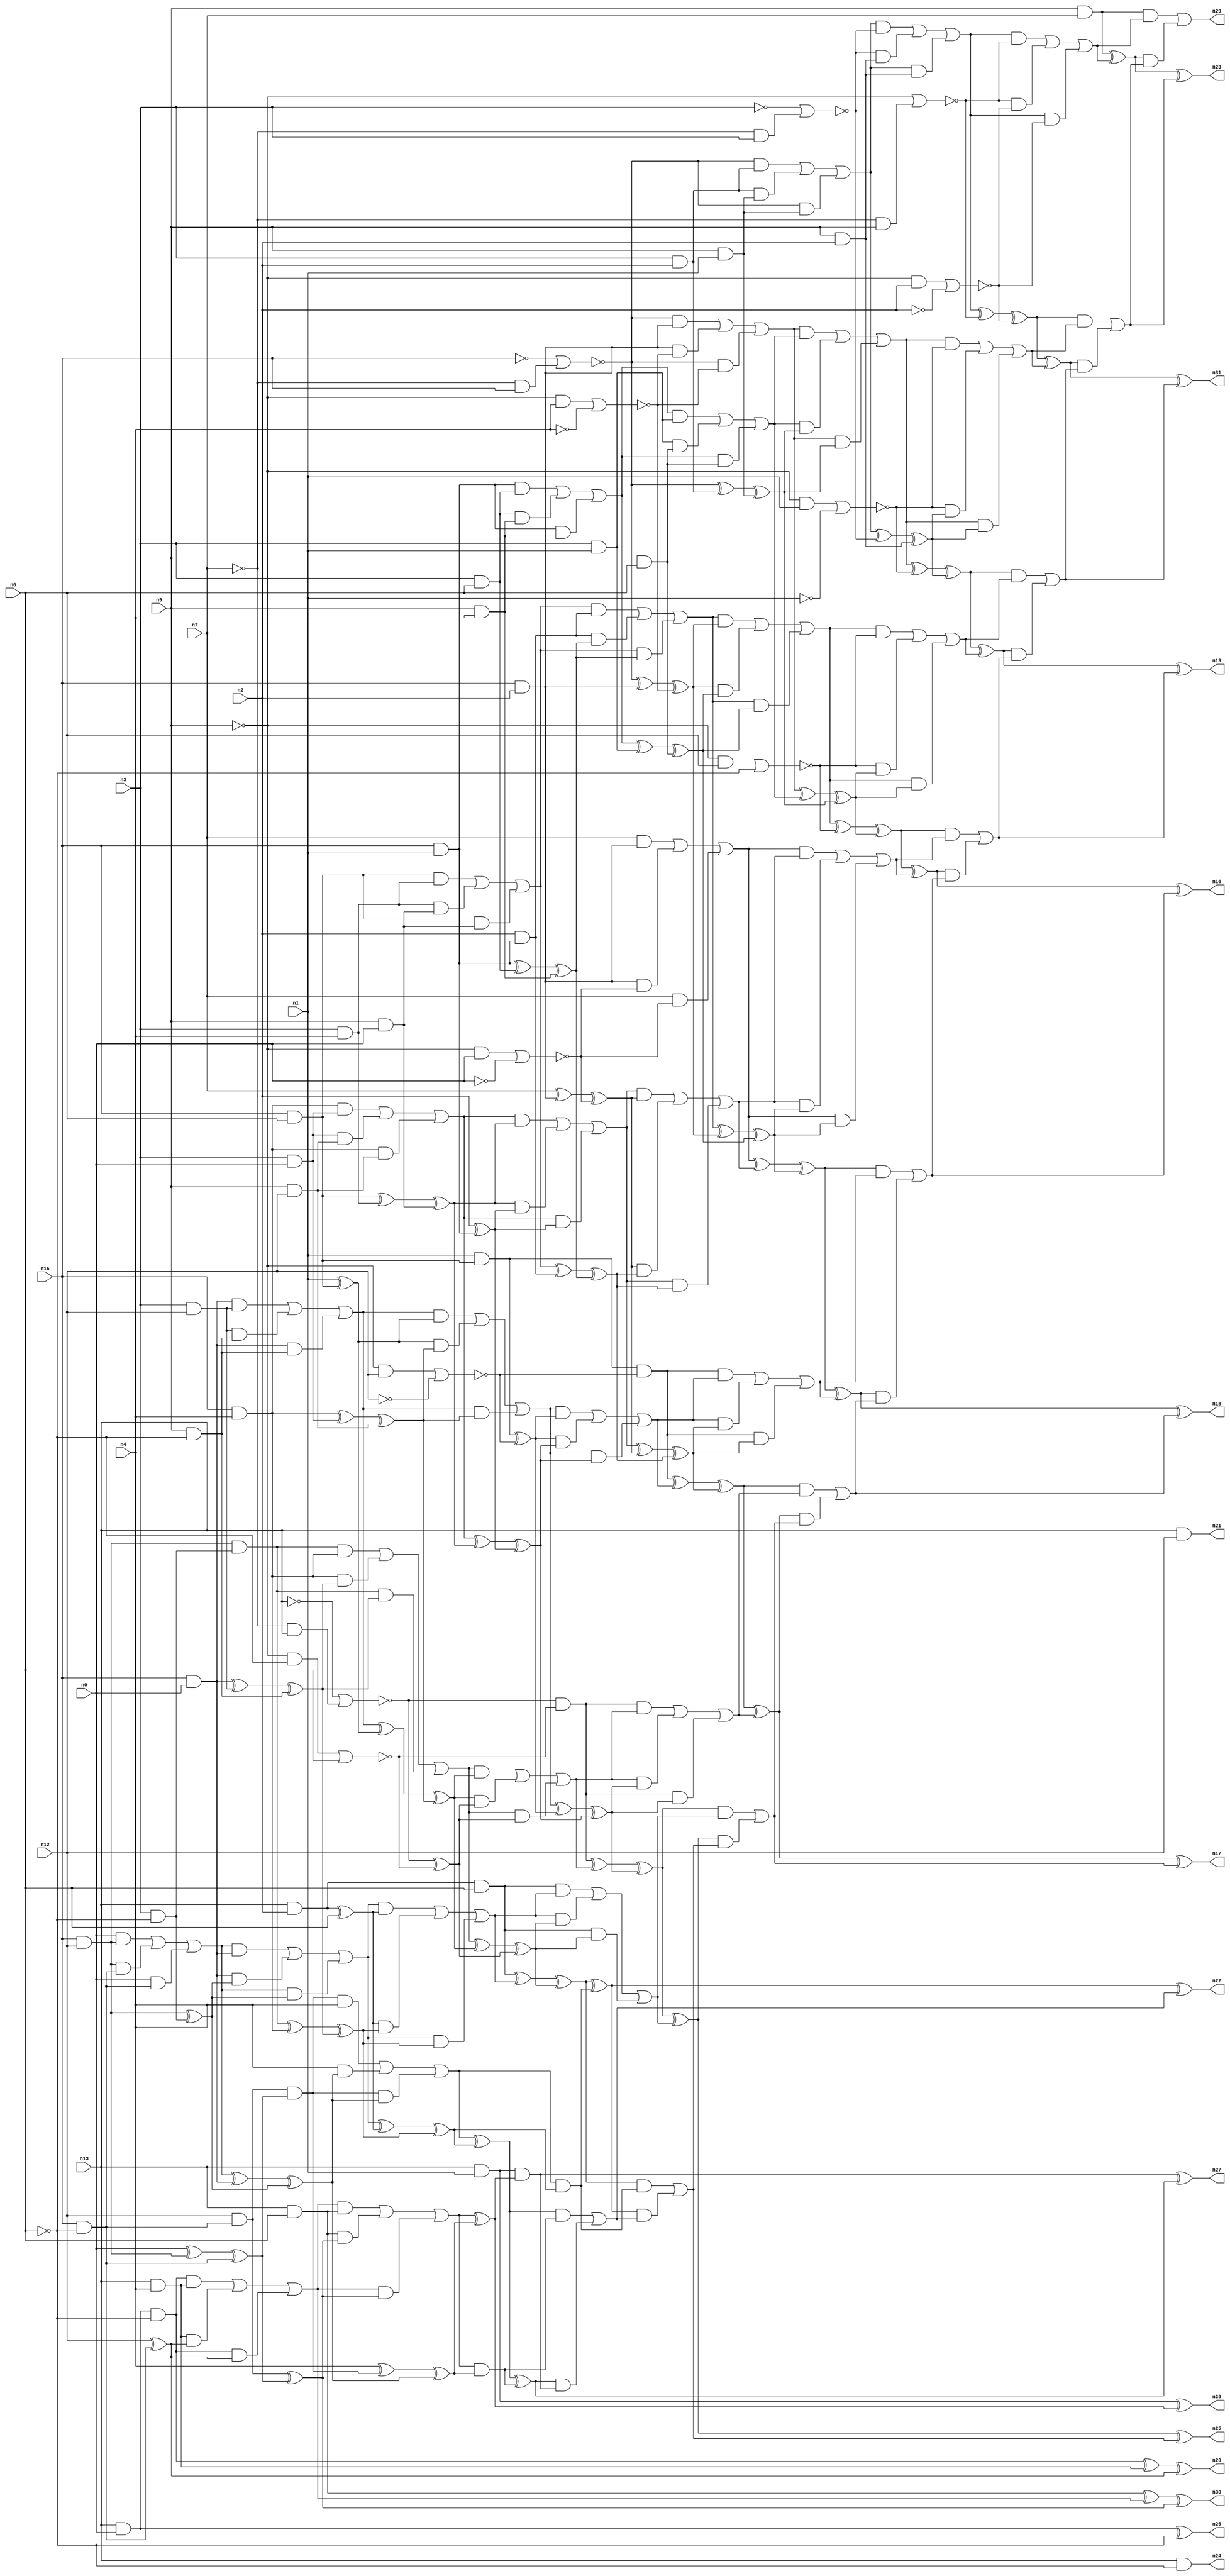
//
// Conformal-LEC Version 15.20-d227 ( 10-Mar-2016) ( 64 bit executable)
//
module top ( n0 , n1 , n2 , n3 , n4 , n6 , n7 , n9 , n12 , n13 ,  n15 , n16 , n17 , n18 , n19 , n20 , n21 , n22 , n23 , n24 , n25 , n26 , n27 , n28 , n29 , n30 , n31 );
input n0 , n1 , n2 , n3 , n4 , n6 , n7 , n9 , n12 , n13 ,  n15 ;
output n16 , n17 , n18 , n19 , n20 , n21 , n22 , n23 , n24 , n25 , n26 , n27 , n28 , n29 , n30 , n31 ;

wire n64 , n65 , n66 , n67 , n68 , n69 , n70 , n71 , n72 , 
     n73 , n74 , n75 , n76 , n77 , n78 , n79 , n80 , n81 , n82 , 
     n83 , n84 , n85 , n86 , n87 , n88 , n89 , n90 , n91 , n92 , 
     n93 , n94 , n95 , n96 , n97 , n98 , n99 , n100 , n101 , n102 , 
     n103 , n104 , n105 , n106 , n107 , n108 , n109 , n110 , n111 , n112 , 
     n113 , n114 , n115 , n116 , n117 , n118 , n119 , n120 , n121 , n122 , 
     n123 , n124 , n125 , n126 , n127 , n128 , n129 , n130 , n131 , n132 , 
     n133 , n134 , n135 , n136 , n137 , n138 , n139 , n140 , n141 , n142 , 
     n143 , n144 , n145 , n146 , n147 , n148 , n149 , n150 , n151 , n152 , 
     n153 , n154 , n155 , n156 , n157 , n158 , n159 , n160 , n161 , n162 , 
     n163 , n164 , n165 , n166 , n167 , n168 , n169 , n170 , n171 , n172 , 
     n173 , n174 , n175 , n176 , n177 , n178 , n179 , n180 , n181 , n182 , 
     n183 , n184 , n185 , n186 , n187 , n188 , n189 , n190 , n191 , n192 , 
     n193 , n194 , n195 , n196 , n197 , n198 , n199 , n200 , n201 , n202 , 
     n203 , n204 , n205 , n206 , n207 , n208 , n209 , n210 , n211 , n212 , 
     n213 , n214 , n215 , n216 , n217 , n218 , n219 , n220 , n221 , n222 , 
     n223 , n224 , n225 , n226 , n227 , n228 , n229 , n230 , n231 , n232 , 
     n233 , n234 , n235 , n236 , n237 , n238 , n239 , n240 , n241 , n242 , 
     n243 , n244 , n245 , n246 , n247 , n248 , n249 , n250 , n251 , n252 , 
     n253 , n254 , n255 , n256 , n257 , n258 , n259 , n260 , n261 , n262 , 
     n263 , n264 , n265 , n266 , n267 , n268 , n269 , n270 , n271 , n272 , 
     n273 , n274 , n275 , n276 , n277 , n278 , n279 , n280 , n281 , n282 , 
     n283 , n284 , n285 , n286 , n287 , n288 , n289 , n290 , n291 , n292 , 
     n293 , n294 , n295 , n296 , n297 , n298 , n299 , n300 , n301 , n302 , 
     n303 , n304 , n305 , n306 , n307 , n308 , n309 , n310 , n311 , n312 , 
     n313 , n314 , n315 , n316 , n317 , n318 , n319 , n320 , n321 , n322 , 
     n323 , n324 , n325 , n326 , n327 , n328 , n329 , n330 , n331 , n332 , 
     n333 , n334 , n335 , n336 , n337 , n338 , n339 , n340 , n341 , n342 , 
     n343 , n344 , n345 , n346 , n347 , n348 , n349 , n350 , n351 , n352 , 
     n353 , n354 , n355 , n356 , n357 , n358 , n359 , n360 , n361 , n362 , 
     n363 , n364 , n365 , n366 , n367 , n368 , n369 , n370 , n371 , n372 , 
     n373 , n374 , n375 , n376 , n377 , n378 , n379 , n380 , n381 , n382 , 
     n383 , n384 , n385 , n386 , n387 , n388 , n389 , n390 , n391 , n392 , 
     n393 , n394 , n395 , n396 , n397 , n398 , n399 , n400 , n401 , n402 , 
     n403 , n404 , n405 , n406 , n407 , n408 , n409 , n410 , n411 , n412 , 
     n413 , n414 , n415 , n416 , n417 , n418 , n419 , n420 , n421 , n422 , 
     n423 , n424 , n425 , n426 , n427 , n428 , n429 , n430 , n431 , n432 , 
     n433 , n434 , n435 , n436 , n437 , n438 , n439 , n440 , n441 , n442 , 
     n443 , n444 , n445 , n446 , n447 , n448 , n449 , n450 , n451 , n452 , 
     n453 , n454 , n455 , n456 , n457 , n458 , n459 , n460 , n461 , n462 , 
     n463 , n464 , n465 , n466 , n467 , n468 , n469 , n470 , n471 , n472 , 
     n473 , n474 , n475 , n476 ;
buf ( n29 , n428 );
buf ( n23 , n431 );
buf ( n31 , n434 );
buf ( n19 , n437 );
buf ( n16 , n440 );
buf ( n18 , n443 );
buf ( n17 , n446 );
buf ( n25 , n449 );
buf ( n22 , n452 );
buf ( n27 , n455 );
buf ( n28 , n458 );
buf ( n30 , n462 );
buf ( n20 , n466 );
buf ( n26 , n470 );
buf ( n21 , n473 );
buf ( n24 , n476 );
buf ( n66 , n13 );
buf ( n67 , n9 );
buf ( n68 , n3 );
buf ( n69 , n15 );
buf ( n70 , n7 );
buf ( n71 , n2 );
buf ( n72 , n1 );
buf ( n73 , n6 );
buf ( n74 , n4 );
buf ( n75 , n0 );
buf ( n76 , n12 );
buf ( n77 , n67 );
buf ( n78 , n70 );
and ( n79 , n77 , n78 );
buf ( n80 , n69 );
not ( n81 , n80 );
not ( n82 , n78 );
and ( n83 , n82 , n80 );
nor ( n84 , n81 , n83 );
buf ( n85 , n68 );
buf ( n86 , n71 );
and ( n87 , n85 , n86 );
and ( n88 , n84 , n87 );
buf ( n89 , n67 );
buf ( n90 , n72 );
and ( n91 , n89 , n90 );
and ( n92 , n87 , n91 );
and ( n93 , n84 , n91 );
or ( n94 , n88 , n92 , n93 );
not ( n95 , n85 );
and ( n96 , n82 , n85 );
nor ( n97 , n95 , n96 );
and ( n98 , n94 , n97 );
and ( n99 , n89 , n86 );
and ( n100 , n97 , n99 );
and ( n101 , n94 , n99 );
or ( n102 , n98 , n100 , n101 );
not ( n103 , n89 );
and ( n104 , n82 , n89 );
nor ( n105 , n103 , n104 );
and ( n106 , n102 , n105 );
not ( n107 , n77 );
and ( n108 , n107 , n86 );
not ( n109 , n86 );
nor ( n110 , n108 , n109 );
and ( n111 , n105 , n110 );
and ( n112 , n102 , n110 );
or ( n113 , n106 , n111 , n112 );
and ( n114 , n79 , n113 );
xor ( n115 , n79 , n113 );
xor ( n116 , n102 , n105 );
xor ( n117 , n116 , n110 );
buf ( n118 , n69 );
not ( n119 , n118 );
and ( n120 , n82 , n118 );
nor ( n121 , n119 , n120 );
and ( n122 , n80 , n86 );
and ( n123 , n121 , n122 );
buf ( n124 , n74 );
and ( n125 , n107 , n124 );
not ( n126 , n124 );
nor ( n127 , n125 , n126 );
and ( n128 , n122 , n127 );
and ( n129 , n121 , n127 );
or ( n130 , n123 , n128 , n129 );
and ( n131 , n80 , n90 );
buf ( n132 , n73 );
and ( n133 , n85 , n132 );
and ( n134 , n131 , n133 );
and ( n135 , n89 , n124 );
and ( n136 , n133 , n135 );
and ( n137 , n131 , n135 );
or ( n138 , n134 , n136 , n137 );
and ( n139 , n85 , n90 );
and ( n140 , n138 , n139 );
and ( n141 , n89 , n132 );
and ( n142 , n139 , n141 );
and ( n143 , n138 , n141 );
or ( n144 , n140 , n142 , n143 );
and ( n145 , n130 , n144 );
xor ( n146 , n84 , n87 );
xor ( n147 , n146 , n91 );
and ( n148 , n144 , n147 );
and ( n149 , n130 , n147 );
or ( n150 , n145 , n148 , n149 );
and ( n151 , n107 , n90 );
not ( n152 , n90 );
nor ( n153 , n151 , n152 );
and ( n154 , n150 , n153 );
xor ( n155 , n94 , n97 );
xor ( n156 , n155 , n99 );
and ( n157 , n153 , n156 );
and ( n158 , n150 , n156 );
or ( n159 , n154 , n157 , n158 );
and ( n160 , n117 , n159 );
xor ( n161 , n117 , n159 );
xor ( n162 , n150 , n153 );
xor ( n163 , n162 , n156 );
and ( n164 , n80 , n132 );
and ( n165 , n85 , n124 );
and ( n166 , n164 , n165 );
buf ( n167 , n75 );
and ( n168 , n89 , n167 );
and ( n169 , n165 , n168 );
and ( n170 , n164 , n168 );
or ( n171 , n166 , n169 , n170 );
buf ( n172 , n86 );
and ( n173 , n118 , n90 );
and ( n174 , n172 , n173 );
and ( n175 , n171 , n174 );
xor ( n176 , n131 , n133 );
xor ( n177 , n176 , n135 );
and ( n178 , n174 , n177 );
and ( n179 , n171 , n177 );
or ( n180 , n175 , n178 , n179 );
xor ( n181 , n121 , n122 );
xor ( n182 , n181 , n127 );
and ( n183 , n180 , n182 );
xor ( n184 , n138 , n139 );
xor ( n185 , n184 , n141 );
and ( n186 , n182 , n185 );
and ( n187 , n180 , n185 );
or ( n188 , n183 , n186 , n187 );
and ( n189 , n107 , n132 );
not ( n190 , n132 );
nor ( n191 , n189 , n190 );
and ( n192 , n188 , n191 );
xor ( n193 , n130 , n144 );
xor ( n194 , n193 , n147 );
and ( n195 , n191 , n194 );
and ( n196 , n188 , n194 );
or ( n197 , n192 , n195 , n196 );
and ( n198 , n163 , n197 );
xor ( n199 , n163 , n197 );
xor ( n200 , n188 , n191 );
xor ( n201 , n200 , n194 );
buf ( n202 , n82 );
not ( n203 , n202 );
and ( n204 , n118 , n86 );
and ( n205 , n203 , n204 );
and ( n206 , n107 , n167 );
not ( n207 , n167 );
nor ( n208 , n206 , n207 );
and ( n209 , n204 , n208 );
and ( n210 , n203 , n208 );
or ( n211 , n205 , n209 , n210 );
and ( n212 , n80 , n124 );
and ( n213 , n85 , n167 );
and ( n214 , n212 , n213 );
buf ( n215 , n76 );
and ( n216 , n89 , n215 );
and ( n217 , n213 , n216 );
and ( n218 , n212 , n216 );
or ( n219 , n214 , n217 , n218 );
xor ( n220 , n164 , n165 );
xor ( n221 , n220 , n168 );
and ( n222 , n219 , n221 );
xor ( n223 , n172 , n173 );
and ( n224 , n221 , n223 );
and ( n225 , n219 , n223 );
or ( n226 , n222 , n224 , n225 );
xor ( n227 , n203 , n204 );
xor ( n228 , n227 , n208 );
and ( n229 , n226 , n228 );
xor ( n230 , n171 , n174 );
xor ( n231 , n230 , n177 );
and ( n232 , n228 , n231 );
and ( n233 , n226 , n231 );
or ( n234 , n229 , n232 , n233 );
and ( n235 , n211 , n234 );
xor ( n236 , n180 , n182 );
xor ( n237 , n236 , n185 );
and ( n238 , n234 , n237 );
and ( n239 , n211 , n237 );
or ( n240 , n235 , n238 , n239 );
and ( n241 , n201 , n240 );
xor ( n242 , n201 , n240 );
xor ( n243 , n211 , n234 );
xor ( n244 , n243 , n237 );
buf ( n245 , n90 );
and ( n246 , n118 , n132 );
and ( n247 , n245 , n246 );
buf ( n248 , n247 );
and ( n249 , n107 , n215 );
not ( n250 , n215 );
nor ( n251 , n249 , n250 );
and ( n252 , n248 , n251 );
buf ( n253 , n252 );
and ( n254 , n80 , n167 );
and ( n255 , n85 , n215 );
and ( n256 , n254 , n255 );
not ( n257 , n73 );
buf ( n258 , n257 );
and ( n259 , n89 , n258 );
and ( n260 , n255 , n259 );
and ( n261 , n254 , n259 );
or ( n262 , n256 , n260 , n261 );
buf ( n263 , n245 );
xor ( n264 , n263 , n246 );
and ( n265 , n262 , n264 );
xor ( n266 , n212 , n213 );
xor ( n267 , n266 , n216 );
and ( n268 , n264 , n267 );
and ( n269 , n262 , n267 );
or ( n270 , n265 , n268 , n269 );
buf ( n271 , n248 );
xor ( n272 , n271 , n251 );
and ( n273 , n270 , n272 );
xor ( n274 , n219 , n221 );
xor ( n275 , n274 , n223 );
and ( n276 , n272 , n275 );
and ( n277 , n270 , n275 );
or ( n278 , n273 , n276 , n277 );
and ( n279 , n253 , n278 );
xor ( n280 , n226 , n228 );
xor ( n281 , n280 , n231 );
and ( n282 , n278 , n281 );
and ( n283 , n253 , n281 );
or ( n284 , n279 , n282 , n283 );
and ( n285 , n244 , n284 );
xor ( n286 , n244 , n284 );
xor ( n287 , n253 , n278 );
xor ( n288 , n287 , n281 );
buf ( n289 , n66 );
not ( n290 , n289 );
and ( n291 , n82 , n289 );
nor ( n292 , n290 , n291 );
and ( n293 , n107 , n258 );
not ( n294 , n258 );
nor ( n295 , n293 , n294 );
and ( n296 , n292 , n295 );
and ( n297 , n80 , n215 );
and ( n298 , n85 , n258 );
and ( n299 , n297 , n298 );
and ( n300 , n118 , n124 );
and ( n301 , n299 , n300 );
xor ( n302 , n254 , n255 );
xor ( n303 , n302 , n259 );
and ( n304 , n300 , n303 );
and ( n305 , n299 , n303 );
or ( n306 , n301 , n304 , n305 );
xor ( n307 , n262 , n264 );
xor ( n308 , n307 , n267 );
and ( n309 , n306 , n308 );
xor ( n310 , n292 , n295 );
and ( n311 , n308 , n310 );
and ( n312 , n306 , n310 );
or ( n313 , n309 , n311 , n312 );
and ( n314 , n296 , n313 );
xor ( n315 , n270 , n272 );
xor ( n316 , n315 , n275 );
and ( n317 , n313 , n316 );
and ( n318 , n296 , n316 );
or ( n319 , n314 , n317 , n318 );
and ( n320 , n288 , n319 );
xor ( n321 , n288 , n319 );
xor ( n322 , n296 , n313 );
xor ( n323 , n322 , n316 );
and ( n324 , n289 , n86 );
buf ( n325 , n132 );
and ( n326 , n324 , n325 );
buf ( n327 , n326 );
buf ( n328 , n167 );
and ( n329 , n118 , n215 );
and ( n330 , n328 , n329 );
and ( n331 , n80 , n258 );
and ( n332 , n329 , n331 );
and ( n333 , n328 , n331 );
or ( n334 , n330 , n332 , n333 );
and ( n335 , n118 , n167 );
and ( n336 , n334 , n335 );
xor ( n337 , n297 , n298 );
and ( n338 , n335 , n337 );
and ( n339 , n334 , n337 );
or ( n340 , n336 , n338 , n339 );
buf ( n341 , n324 );
xor ( n342 , n341 , n325 );
and ( n343 , n340 , n342 );
xor ( n344 , n299 , n300 );
xor ( n345 , n344 , n303 );
and ( n346 , n342 , n345 );
and ( n347 , n340 , n345 );
or ( n348 , n343 , n346 , n347 );
and ( n349 , n327 , n348 );
xor ( n350 , n306 , n308 );
xor ( n351 , n350 , n310 );
and ( n352 , n348 , n351 );
and ( n353 , n327 , n351 );
or ( n354 , n349 , n352 , n353 );
and ( n355 , n323 , n354 );
xor ( n356 , n323 , n354 );
xor ( n357 , n327 , n348 );
xor ( n358 , n357 , n351 );
buf ( n359 , n215 );
and ( n360 , n118 , n258 );
and ( n361 , n359 , n360 );
buf ( n362 , n361 );
xor ( n363 , n328 , n329 );
xor ( n364 , n363 , n331 );
and ( n365 , n362 , n364 );
buf ( n366 , n365 );
buf ( n367 , n124 );
and ( n368 , n366 , n367 );
xor ( n369 , n334 , n335 );
xor ( n370 , n369 , n337 );
and ( n371 , n367 , n370 );
and ( n372 , n366 , n370 );
or ( n373 , n368 , n371 , n372 );
xor ( n374 , n340 , n342 );
xor ( n375 , n374 , n345 );
and ( n376 , n373 , n375 );
buf ( n377 , n376 );
and ( n378 , n358 , n377 );
xor ( n379 , n358 , n377 );
buf ( n380 , n373 );
xor ( n381 , n380 , n375 );
and ( n382 , n289 , n167 );
buf ( n383 , n258 );
and ( n384 , n382 , n383 );
buf ( n385 , n384 );
and ( n386 , n289 , n124 );
and ( n387 , n385 , n386 );
buf ( n388 , n359 );
xor ( n389 , n388 , n360 );
and ( n390 , n386 , n389 );
and ( n391 , n385 , n389 );
or ( n392 , n387 , n390 , n391 );
and ( n393 , n289 , n132 );
and ( n394 , n392 , n393 );
buf ( n395 , n362 );
xor ( n396 , n395 , n364 );
and ( n397 , n393 , n396 );
and ( n398 , n392 , n396 );
or ( n399 , n394 , n397 , n398 );
xor ( n400 , n367 , n366 );
xor ( n401 , n400 , n370 );
and ( n402 , n399 , n401 );
and ( n403 , n381 , n402 );
xor ( n404 , n381 , n402 );
and ( n405 , n289 , n90 );
xor ( n406 , n399 , n401 );
and ( n407 , n405 , n406 );
buf ( n408 , n407 );
and ( n409 , n404 , n408 );
or ( n410 , n403 , n409 );
and ( n411 , n379 , n410 );
or ( n412 , n378 , n411 );
and ( n413 , n356 , n412 );
or ( n414 , n355 , n413 );
and ( n415 , n321 , n414 );
or ( n416 , n320 , n415 );
and ( n417 , n286 , n416 );
or ( n418 , n285 , n417 );
and ( n419 , n242 , n418 );
or ( n420 , n241 , n419 );
and ( n421 , n199 , n420 );
or ( n422 , n198 , n421 );
and ( n423 , n161 , n422 );
or ( n424 , n160 , n423 );
and ( n425 , n115 , n424 );
or ( n426 , n114 , n425 );
buf ( n427 , n426 );
buf ( n428 , n427 );
xor ( n429 , n115 , n424 );
buf ( n430 , n429 );
buf ( n431 , n430 );
xor ( n432 , n161 , n422 );
buf ( n433 , n432 );
buf ( n434 , n433 );
xor ( n435 , n199 , n420 );
buf ( n436 , n435 );
buf ( n437 , n436 );
xor ( n438 , n242 , n418 );
buf ( n439 , n438 );
buf ( n440 , n439 );
xor ( n441 , n286 , n416 );
buf ( n442 , n441 );
buf ( n443 , n442 );
xor ( n444 , n321 , n414 );
buf ( n445 , n444 );
buf ( n446 , n445 );
xor ( n447 , n356 , n412 );
buf ( n448 , n447 );
buf ( n449 , n448 );
xor ( n450 , n379 , n410 );
buf ( n451 , n450 );
buf ( n452 , n451 );
xor ( n453 , n408 , n404 );
buf ( n454 , n453 );
buf ( n455 , n454 );
xor ( n456 , n405 , n406 );
buf ( n457 , n456 );
buf ( n458 , n457 );
xor ( n459 , n393 , n392 );
xor ( n460 , n459 , n396 );
buf ( n461 , n460 );
buf ( n462 , n461 );
xor ( n463 , n385 , n386 );
xor ( n464 , n463 , n389 );
buf ( n465 , n464 );
buf ( n466 , n465 );
buf ( n467 , n382 );
xor ( n468 , n467 , n383 );
buf ( n469 , n468 );
buf ( n470 , n469 );
and ( n471 , n289 , n215 );
buf ( n472 , n471 );
buf ( n473 , n472 );
and ( n474 , n289 , n258 );
buf ( n475 , n474 );
buf ( n476 , n475 );
endmodule